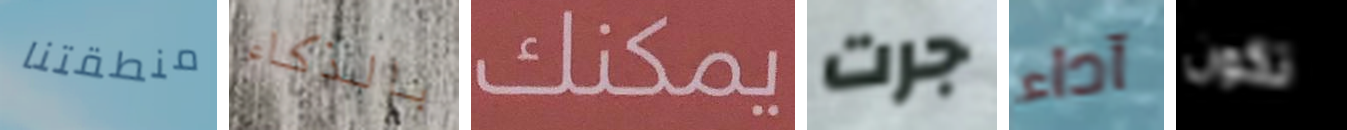
منطقتنا بالذكاء يمكنك جرت آداء تكون